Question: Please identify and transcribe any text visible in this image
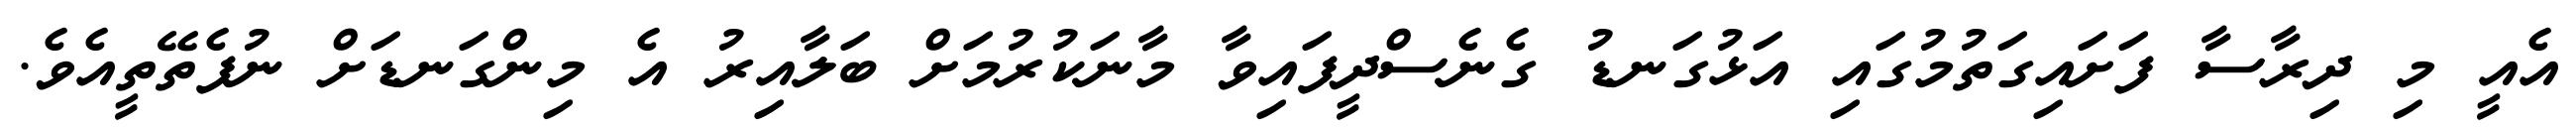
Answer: އެއީ މި ދިރާސާ ފަށައިގަތުމުގައި އަޅުގަނޑު ގެނެސްދީފައިވާ މާނަކުރުމަށް ބަލާއިރު އެ މިންގަނޑަށް ނުފެތޭތީއެވެ.